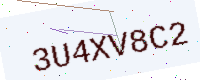
Text: 3U4XV8C2